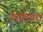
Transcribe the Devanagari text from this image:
टेसीट्यरा